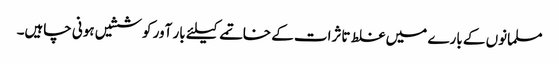
مسلمانوں کے بارے میں غلط تاثرات کے خاتمے کیلئے بار آور کوششیں ہونی چاہیں۔